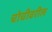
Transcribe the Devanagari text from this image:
चोचीवरील